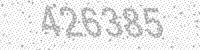
Solution: 426385